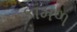
કામળ